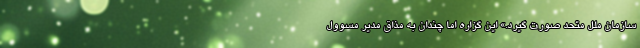
سازمان ملل متحد صورت گیرد.» این گزاره اما چندان به مذاق مدیر مسوول